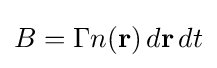
B=\Gamma n(\mathbf {r} )\,d\mathbf {r} \,dt